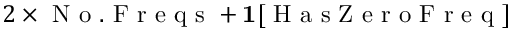
2 \times \mathrm { ~ N ~ o ~ . ~ F ~ r ~ e ~ q ~ s ~ } + \mathbf { 1 } [ \mathrm { ~ H ~ a ~ s ~ Z ~ e ~ r ~ o ~ F ~ r ~ e ~ q ~ } ]